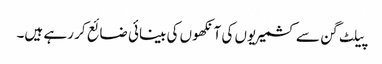
پیلٹ گن سے کشمیریوں کی آنکھوں کی بینائی ضائع کر رہے ہیں۔